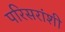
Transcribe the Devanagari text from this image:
परिसरांशी